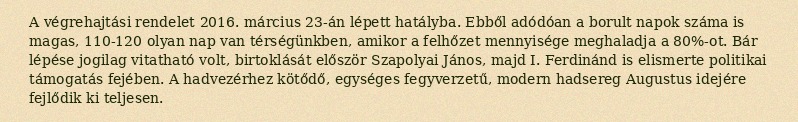
A végrehajtási rendelet 2016. március 23-án lépett hatályba. Ebből adódóan a borult napok száma is magas, 110-120 olyan nap van térségünkben, amikor a felhőzet mennyisége meghaladja a 80%-ot. Bár lépése jogilag vitatható volt, birtoklását először Szapolyai János, majd I. Ferdinánd is elismerte politikai támogatás fejében. A hadvezérhez kötődő, egységes fegyverzetű, modern hadsereg Augustus idejére fejlődik ki teljesen.